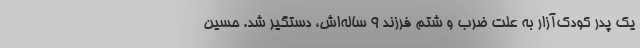
یک پدر کودک‌آزار به علت ضرب و شتم فرزند ۹ ساله‌اش، دستگیر شد. حسین